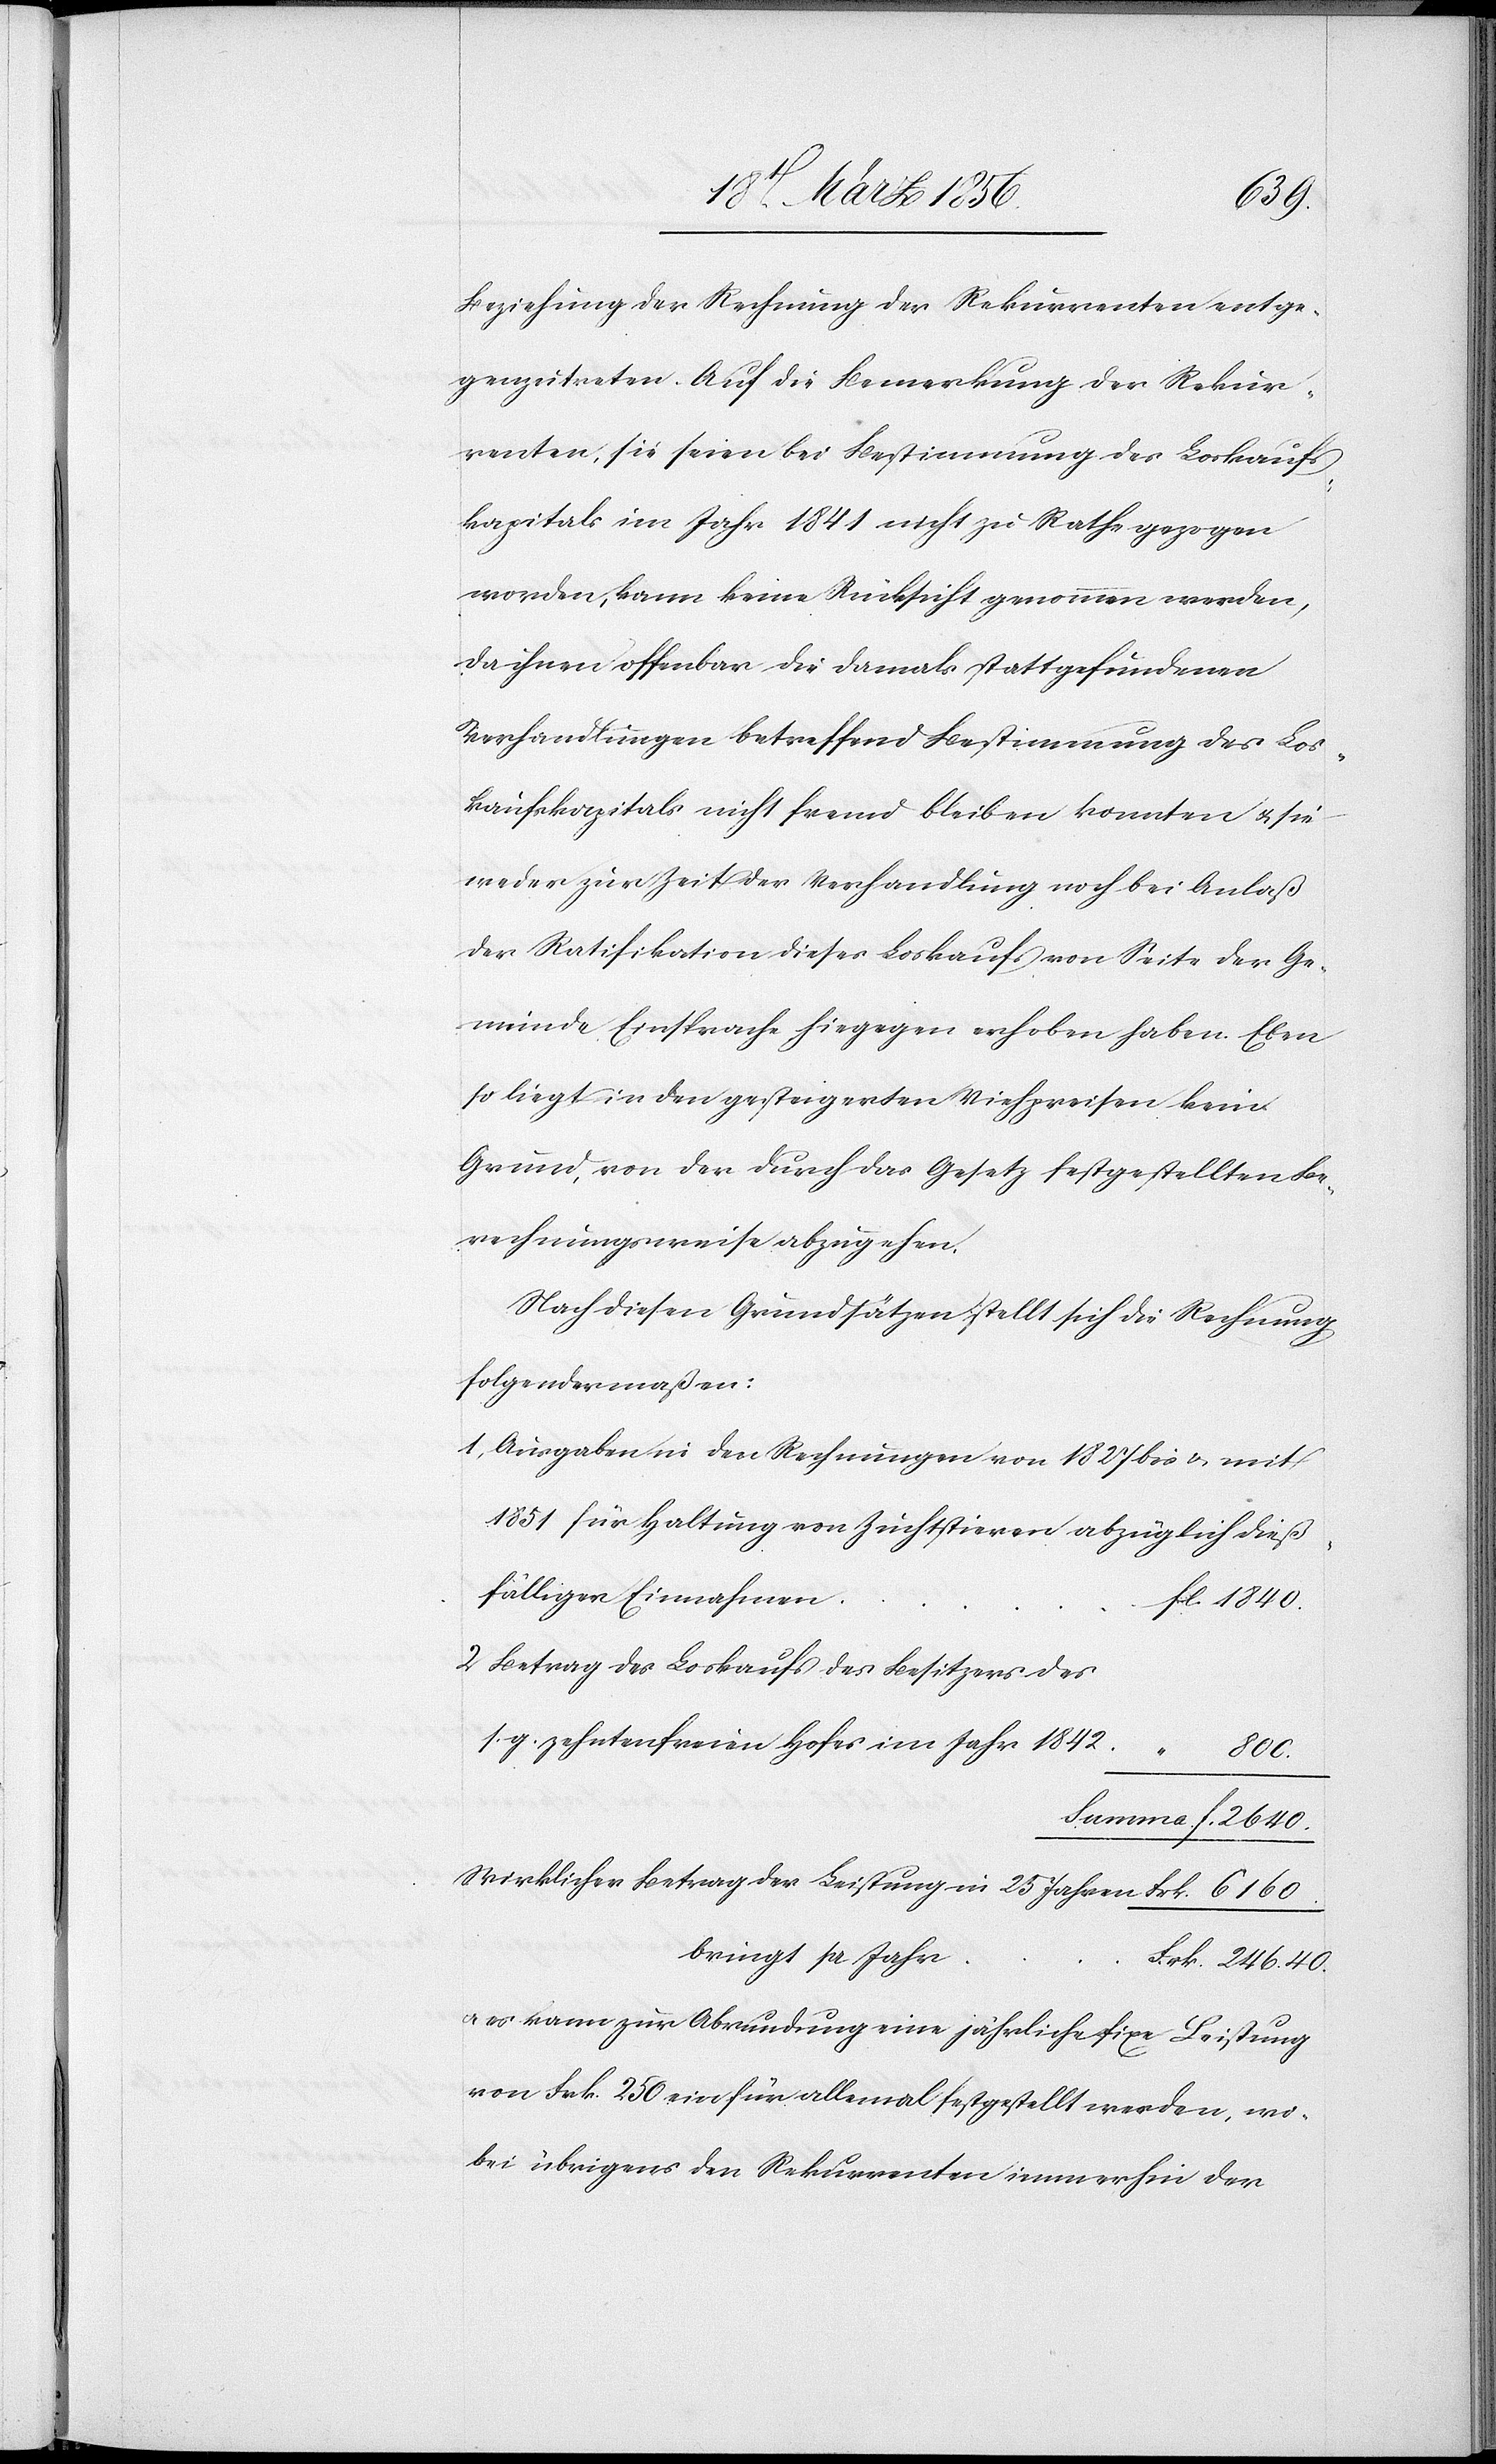
1840.
Beziehung der Rechnung des Rekurrenten entge¬
genzutreten. Auf die Bemerkung der Rekur¬
renten, sie seien bei Bestimmung des Loskaufs¬
kapitals im Jahr 1841 nicht zu Rathe gezogen
worden, kann keine Rücksicht genommen werden,
da ihnen offenbar die damals stattgefundenen
Verhandlungen betreffend Bestimmung des Los¬
kaufskapitals nicht fremd bleiben konnten u. sie
weder zur Zeit der Verhandlung noch bei Anlaß
der Ratifikation dieses Loskaufs von Seite der Ge¬
meinde Einsprache hiegegen erhoben haben. Eben
so liegt in den gesteigerten Viehpreisen kein
Grund, von der durch das Gesetz festgestellten Be¬
rechnungsweise abzugehen.
Nach diesen Grundsätzen stellt sich die Rechnung
folgendermaßen:
1, Ausgaben in den Rechnungen von 1827 bis & mit
1851 für Haltung von Zuchtstieren abzüglich dieß¬
[,] Betrag des Loskaufs des Besitzers des
g. zehntenfreien Hofes im Jahr 1842
f.
2640.
Wirklicher Betrag der Leistung in 25 Jahren	Frk. 6160.
bringt pr Jah¬
r	Frk. 246. 40.
u. es kann zur Abrundung eine jährliche fixe Leistung
von Frk. 250 ein für allemal festgestellt werden, wo¬
bei übrigens den Rekurrenten immerhin der